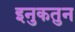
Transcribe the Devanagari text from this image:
इनुकतुन